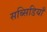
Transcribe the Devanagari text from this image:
सब्सिडियाँ